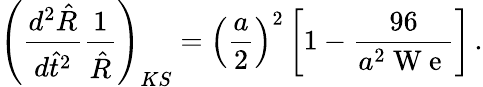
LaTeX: \left(\frac{d^{2}\hat{R}}{d\hat{t}^{2}}\frac{1}{\hat{R}}\right)_{KS}=\left(\frac{a}{2}\right)^{2}\left[1-\frac{96}{a^{2}\mathrm{~W~e~}}\right]\, .